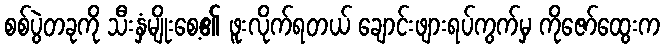
စစ်ပွဲတခုကို သီးနှံမျိုးစေ့၏ ဖူးလိုက်ရတယ် ချောင်းဖျားရပ်ကွက်မှ ကိုဇော်ထွေးက